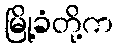
မြို့ခံတို့က